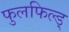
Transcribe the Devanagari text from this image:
फुलफिल्ड्